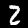
Label: 2